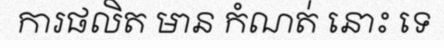
ការផលិត មាន កំណត់ នោះ ទេ